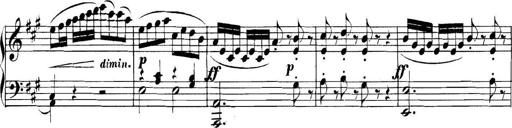
Title: Collected Piano Sonatas
Composer: Muzio Clementi